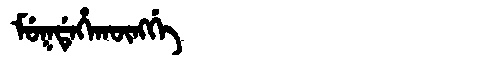
Manchu: ᠮᡠᡴᡩᡝᡥᠠᡴᡡᠩᡤᡝ
Romanization: MUKDEHAKŪNGGE